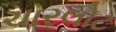
ચારલોટ